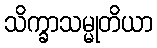
သိက္ခာသမ္မုတိယာ